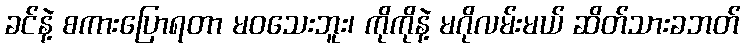
ခင်နဲ့ စကားပြောရတာ မဝသေးဘူး၊ ကိုကိုနဲ့ မဂိုလမ်းမယ် ဆိတ်သားခဘတ်